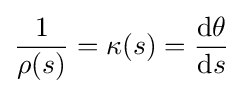
{\frac {1}{\rho (s)}}=\kappa (s)={\frac {\mathrm {d} \theta }{\mathrm {d} s}}\